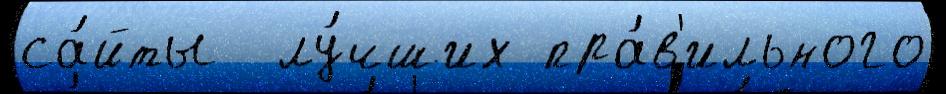
са́йты  лу́чших пра́в'ильного